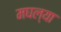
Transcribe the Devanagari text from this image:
मघल्या